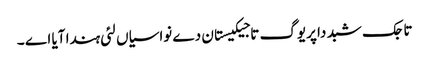
تاجک شبد دا پریوگ تاجیکیستان دے نواسیاں لئی ہندا آیا اے ۔